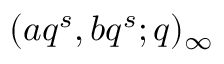
( a q ^ { s } , b q ^ { s } ; q ) _ { \infty }